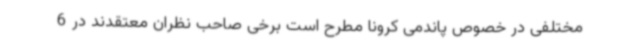
مختلفی در خصوص پاندمی کرونا مطرح است برخی صاحب نظران معتقدند در 6